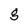
Character: g